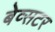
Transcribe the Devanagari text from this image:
बेव्सटर